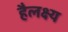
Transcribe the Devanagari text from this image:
हैलक्ष्य